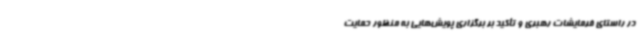
در راستای فرمایشات رهبری و تأکید بر برگزاری پویش‌هایی به منظور حمایت